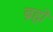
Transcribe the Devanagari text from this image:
ब्रेह्मे